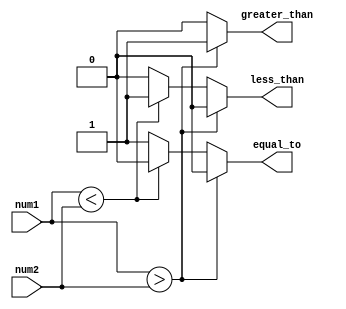
module signed_comparator (
    input signed [7:0] num1,
    input signed [7:0] num2,
    output reg greater_than,
    output reg less_than,
    output reg equal_to
);

always @(*) begin
    if (num1 > num2) begin
        greater_than = 1;
        less_than = 0;
        equal_to = 0;
    end else if (num1 < num2) begin
        greater_than = 0;
        less_than = 1;
        equal_to = 0;
    end else begin
        greater_than = 0;
        less_than = 0;
        equal_to = 1;
    end
end

endmodule